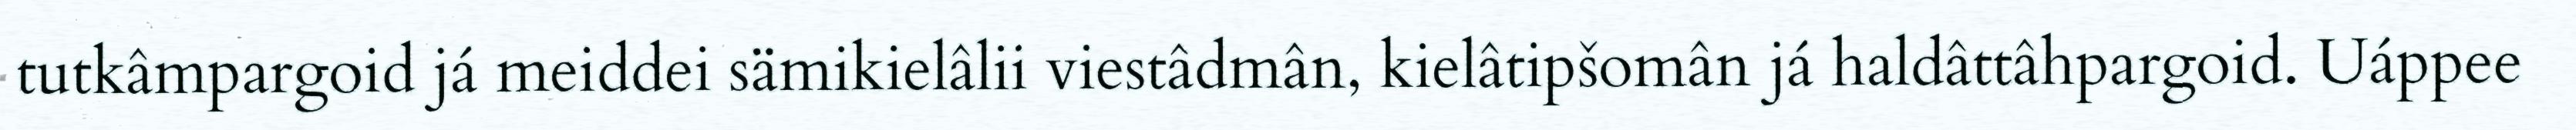
tutkâmpargoid já meiddei sämikielâlii viestâdmân, kielâtipšomân já haldâttâhpargoid. Uáppee